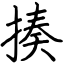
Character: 揍